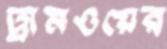
ট্রামওয়ের